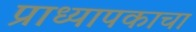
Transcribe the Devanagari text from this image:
प्राध्यापकाचा